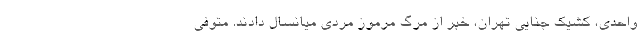
واحدی، کشیک جنایی تهران، خبر از مرگ مرموز مردی میانسال دادند. متوفی